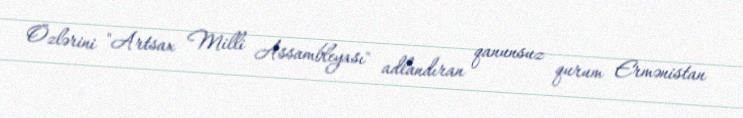
Özlərini "Artsax Milli Assambleyası" adlandıran qanunsuz qurum Ermənistan